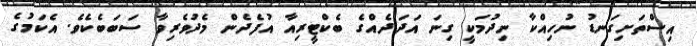
އިސްތަށިގަނޑު ނުހިއްކާ ނިދުމަކީ ގިނަ އަދަދެއްގެ ބެކްޓީރިއާ އުފެދެން މެދުވެރިވާ ސަބަބެކެވެ. އެކަމުގެ